Vaccination in the Punjab 1905-1918 - 1905-1918
Year: 1905
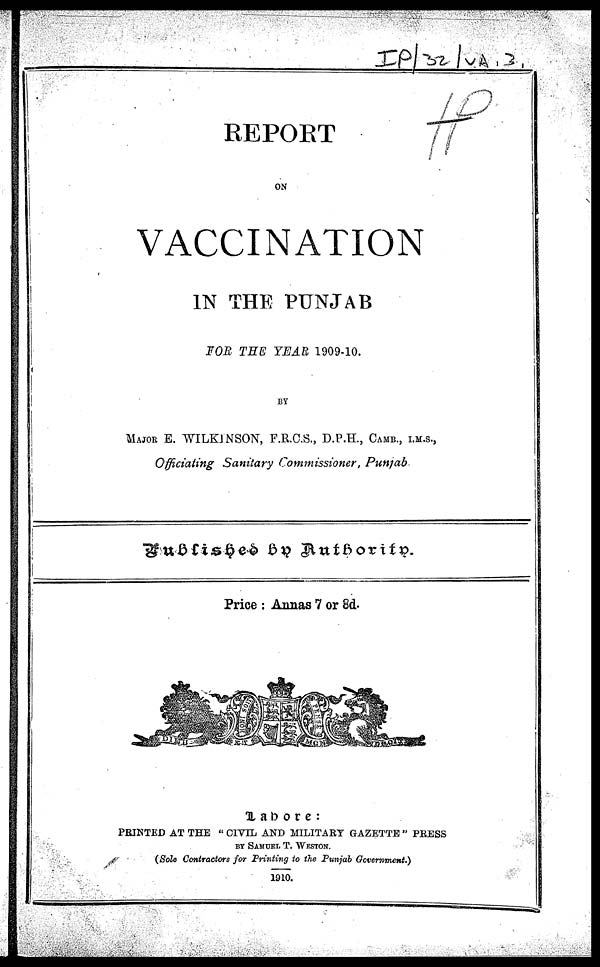
REPORT
ON
VACCINATION
IN THE PUNJAB
FOR THE YEAR 1909-10.
BY
MAJOR E. WILKINSON, F.R.C.S., D.P.H., CAMB. , I.M.S.,
Officiating Sanitary Commissioner, Punjab
Published by Authority.
Price : Annas 7 or 8d.
Lahore:
PRINTED AT THE " CIVIL AND MILITARY GAZETTE " PRESS
BY SAMUEL T. WESTON.
(Sole Contractors for Printing to the Punjab Government.)
1910.